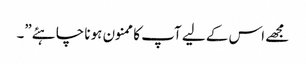
مجھے اس کے لیے آپ کا ممنون ہونا چاہئے”۔